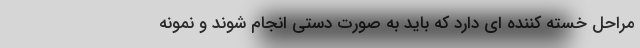
مراحل خسته کننده ای دارد که باید به صورت دستی انجام شوند و نمونه